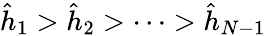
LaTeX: \hat{h}_{1}>\hat{h}_{2}>\cdots>\hat{h}_{N-1}